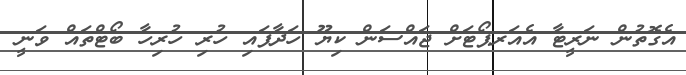
އެގޮތުން ނަރީޓާ އެއަރޕޯޓަށް ޖައްސަން ކިޔޫ ހަދާފައި ހުރި ހުރިހާ ބޯޓްތައް ވަނީ